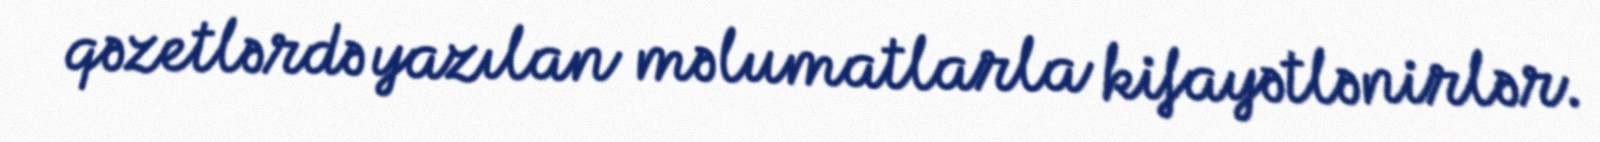
qəzetlərdə yazılan məlumatlarla kifayətlənirlər.